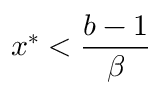
x ^ { * } < \frac { b - 1 } { \beta }